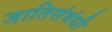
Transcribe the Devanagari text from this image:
जातिसंबंधी